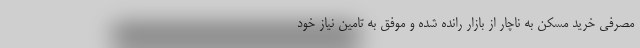
مصرفی خرید مسکن به ناچار از بازار رانده شده و موفق به تامین نیاز خود